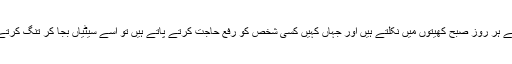
یہ بچے ہر روز صبح کھیتوں میں نکلتے ہیں اور جہاں کہیں کسی شخص کو رفع حاجت کرتے پاتے ہیں تو اسے سیٹیاں بجا کر تنگ کرتے ہیں۔